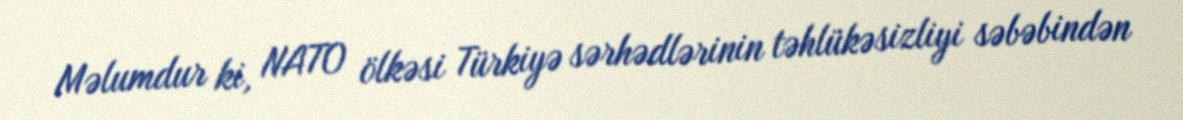
Məlumdur ki, NATO ölkəsi Türkiyə sərhədlərinin təhlükəsizliyi səbəbindən